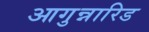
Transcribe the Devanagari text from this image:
आगुन्नारिड